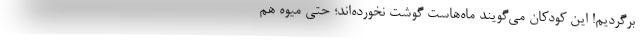
برگردیم! این کودکان می‌گویند ماه‌هاست گوشت نخورده‌اند؛ حتی میوه هم